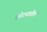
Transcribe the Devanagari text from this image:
छोट्यातील